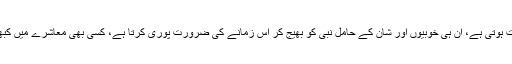
جس زمانے کی جو ضرورت ہوتی ہے، ان ہی خوبیوں اور شان کے حامل نبی کو بھیج کر اُس زمانے کی ضرورت پوری کرتا ہے، کسی بھی معاشرے میں کبھی نبی کو misfit نہیں کرتا۔